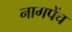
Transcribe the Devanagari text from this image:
नागपेंच